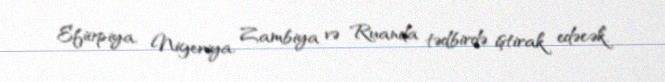
Efiopiya, Nigeriya, Zambiya və Ruanda tədbirdə iştirak edəcək.